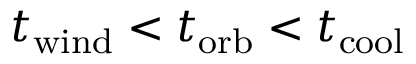
t _ { \mathrm { w i n d } } < t _ { \mathrm { o r b } } < t _ { \mathrm { c o o l } }